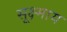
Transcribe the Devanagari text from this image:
सूक्ष्माय